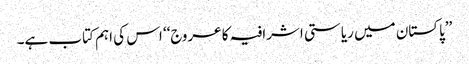
’’پاکستان میں ریاستی اشرافیہ کا عروج‘‘ اس کی اہم کتاب ہے۔